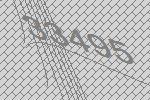
33495